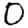
Digit: 0